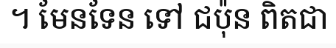
។ មែនទែន ទៅ ជប៉ុន ពិតជា